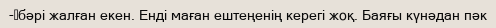
-	бәрі жалған екен. Енді маған ештеңенің керегі жоқ. Баяғы күнәдан пәк